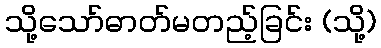
သို့သော်ဓာတ်မတည့်ခြင်း (သို့)